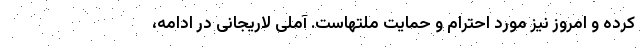
کرده و امروز نیز مورد احترام و حمایت ملتهاست. آملی لاریجانی در ادامه،